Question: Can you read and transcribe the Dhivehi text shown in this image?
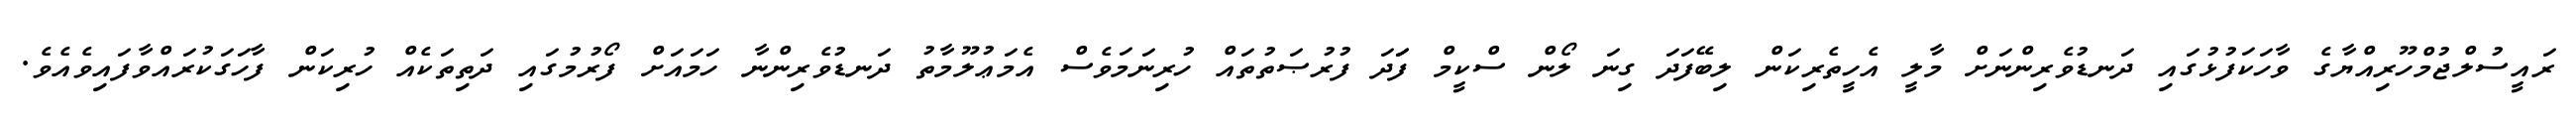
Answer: ރައީސުލްޖުމްހޫރިއްޔާގެ ވާހަކަފުޅުގައި ދަނޑުވެރިންނަށް މާލީ އެހީތެރިކަން ލިބޭފަދަ ގިނަ ލޯން ސްކީމް ފަަދަ ފުރުޞަތުތައް ހުރިނަމަވެސް އެމަޢުލޫމާތު ދަނޑުވެރިންނާ ހަމައަށް ފޯރުމުގައި ދަތިތަކެއް ހުރިކަން ފާހަގަކުރައްވާފައިވެއެވެ.